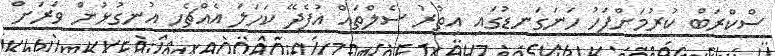
ސްކްރަބް ކުރުމަށްފަހު ހަނަގަނޑުގައި އިތުރު ސެލްތައް އުފެދޭ ކަހަަލަ އެއްޗެހި އުނގުޅުން ވަރަށް